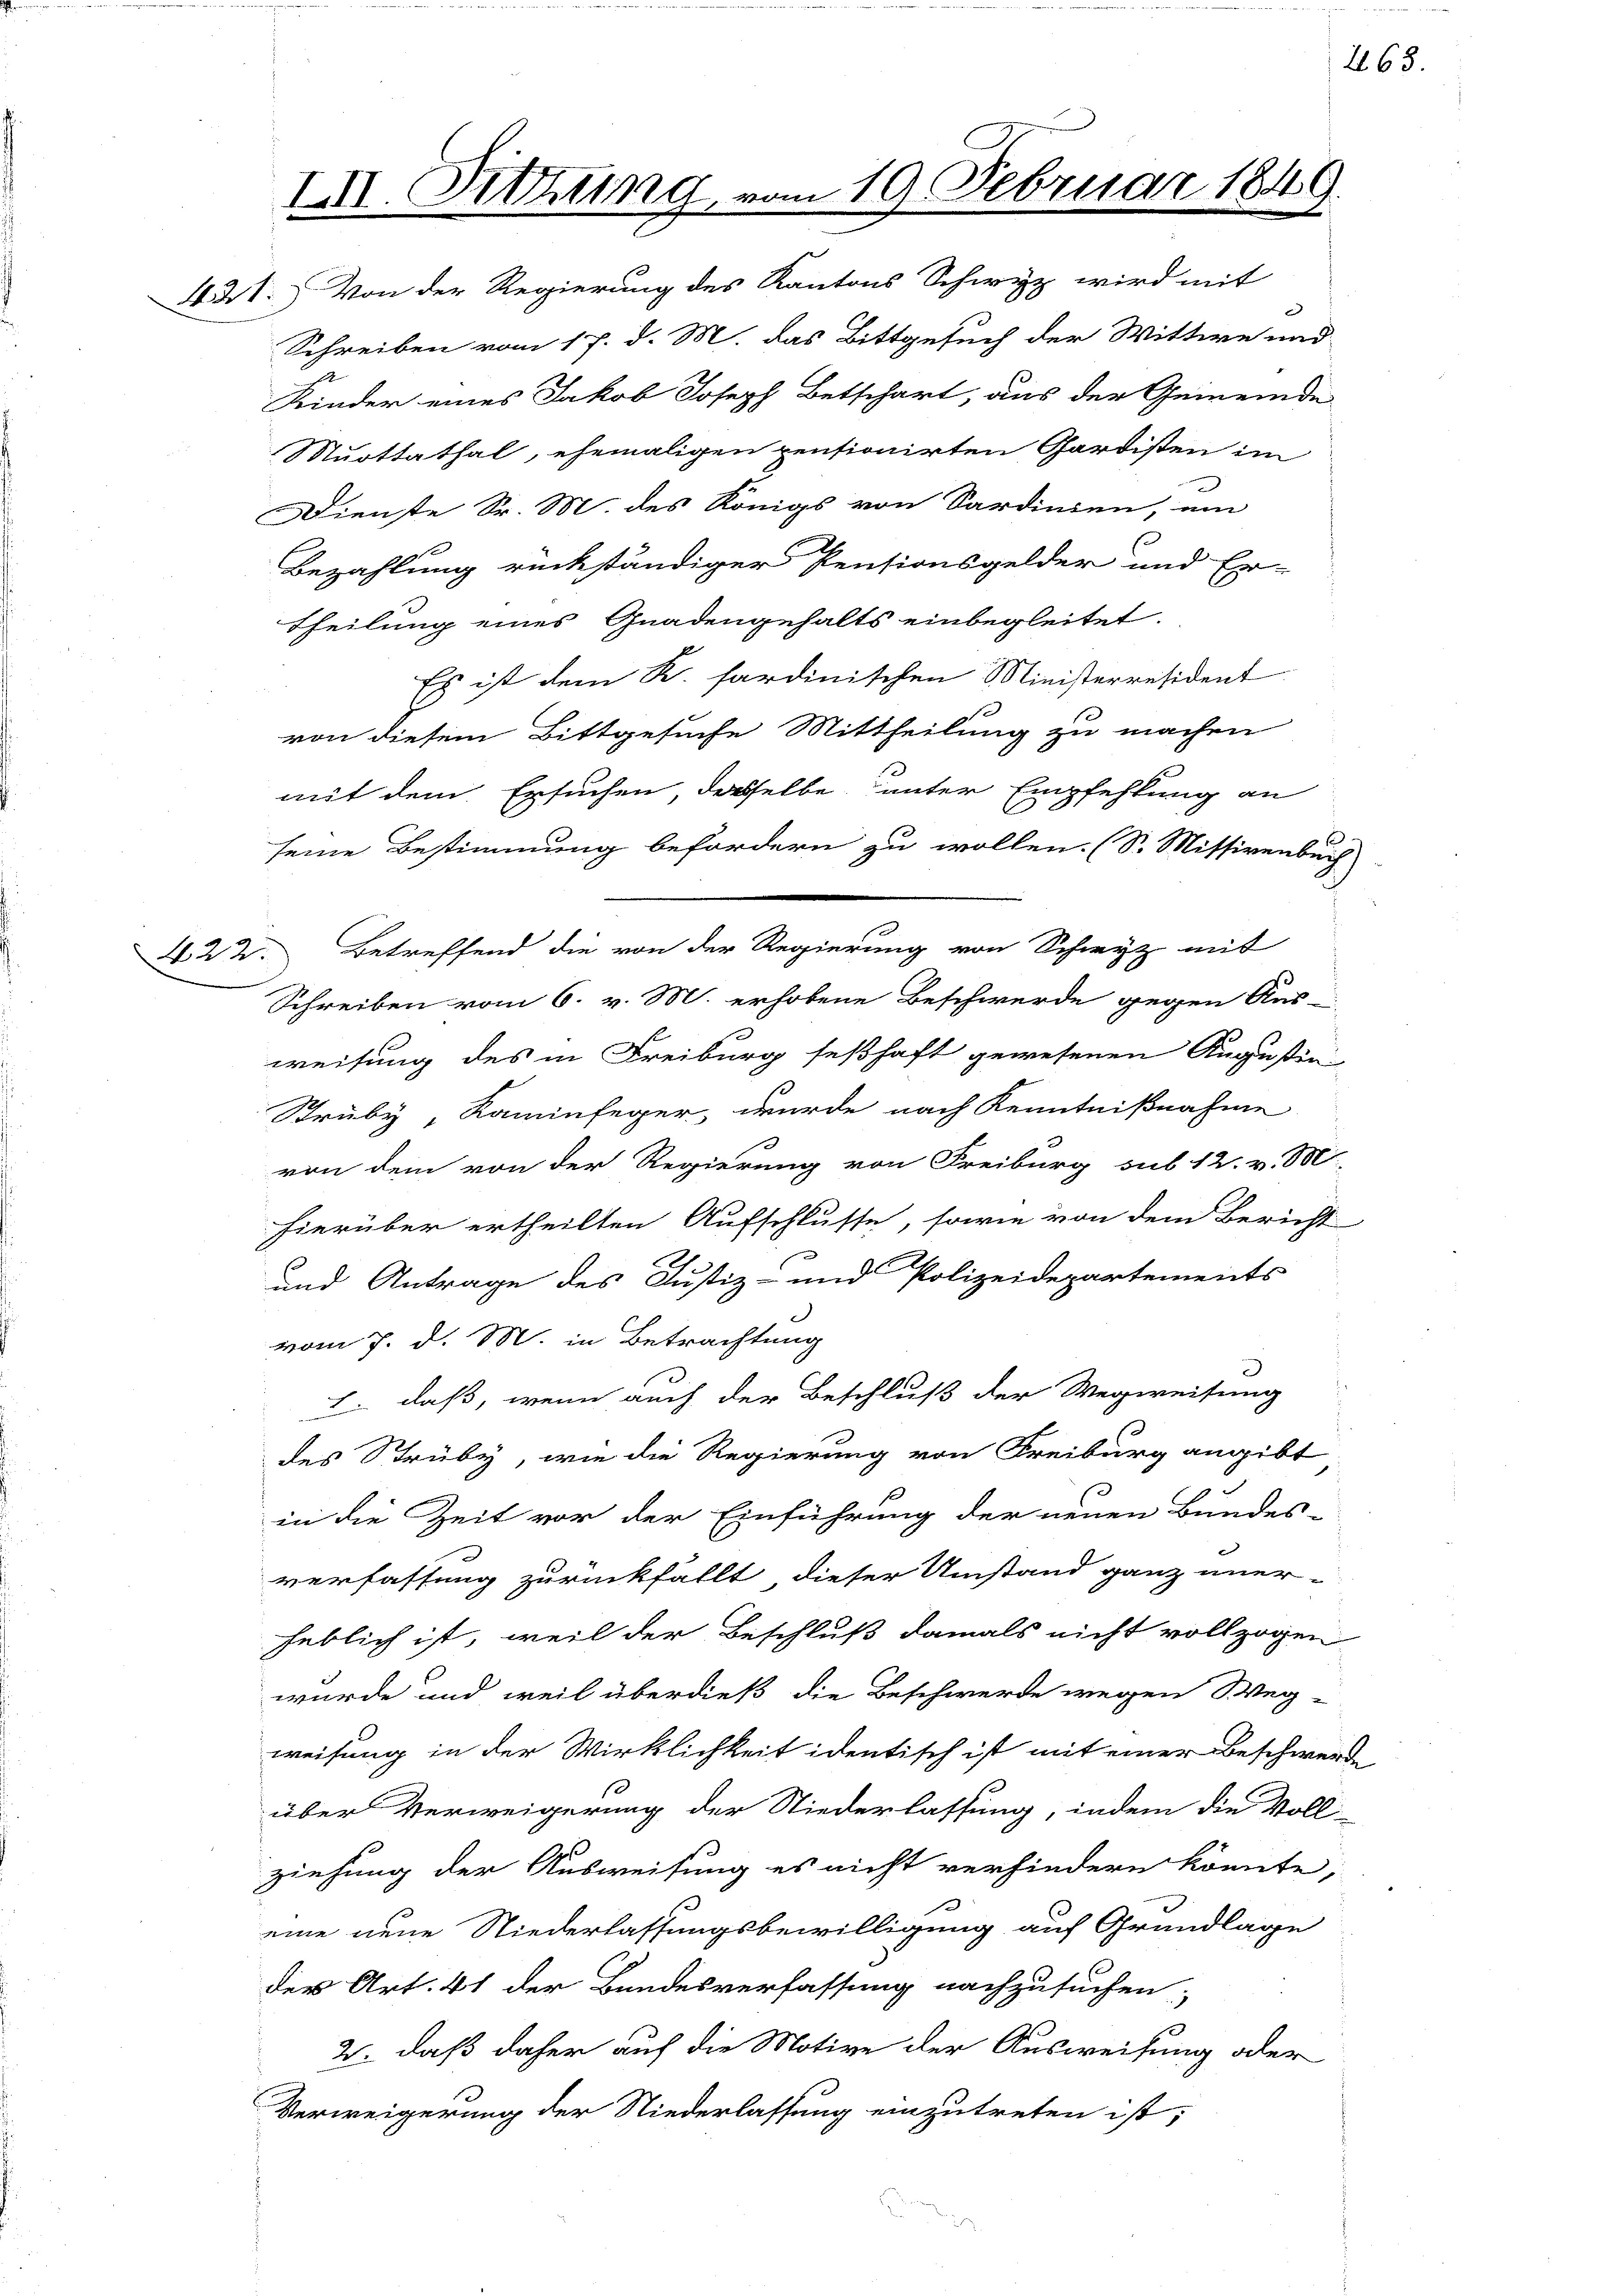
III. Sitzung vom 19. Februar 1849.

XI. Von der Regierung des Kantons Schwyz wird mit
Schreiben vom 17. d. M. das Bittgesuch der Wittwe und
Kinder eines Jakob Joseph Betschart, aus der Gemeinde
Muottathal, ehemaligen pensionirten Gardisten im
Dienste Sr. M. des Königs von Sardinien, ein
Bezahlung rückständiger Pensionsgelder und Er-
Theilung eines Gnadengehalts einbegleitet.
Es ist dem K. sardinischen Ministerresident
von diesem Bittgesuche Mittheilung zu machen
mit dem Ersuchen, dasselbe unter Empfehlung an
seine Bestimmung befördern zu wollen. (S. Missivenbuch
422. Betreffend die von der Regierung von Schwyz mit
Schreiben vom 6. v. M. erhobene Beschwerde gegen Aus-
weisung des in Freiburg seßhaft gewesenen Augustin-
Struby, Kaminfeger, wurde nach Kenntnißnahme
von dem von der Regierung von Freiburg sub 12. v. Mi
hierüber ertheilten Aufschlusse, sowie von dem Bericht
und Antrage des Justiz- und Polizeidepartements
vom 7. d. M. in Betrachtung
: daß, wenn auch der Beschluß der Wegweisung
des Struby, wie die Regierung von Freiburg angibt
in die Zeit vor der Einführung der neuen Bundes-
verfassung zurückfällt, dieser Umstand ganz uner-
heblich ist, weil der Beschluß damals nicht vollzogen
wurde und weil überdieß die Beschwerde wegen Weg-
weisung in der Wirklichkeit identisch ist mit einer Beschwerde
über Verweigerung der Niederlassung, indem die Voll-
ziehung der Ausweisung es nicht verhindern könnte,
eine neue Niederlassungsbewilligung auf Grundlage
der Art. 41 der Bundesverfassung nachzusuchen,
2. daß daher auf die Motive der Ausweisung oder
Verweigerung der Niederlassung einzutreten ist;

265.